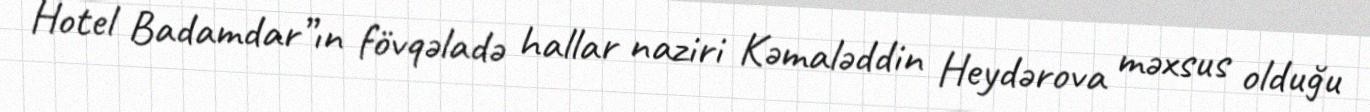
Hotel Badamdar”ın fövqəladə hallar naziri Kəmaləddin Heydərova məxsus olduğu